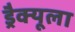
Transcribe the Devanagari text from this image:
ड्रैक्यूला